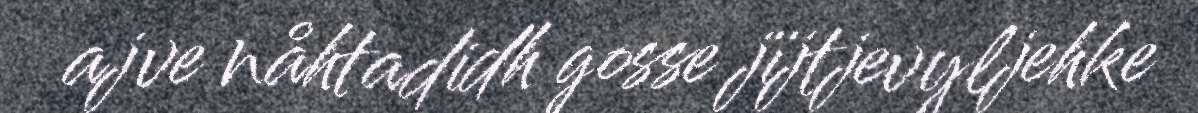
ajve nåhtadidh gosse jïjtjevyljehke